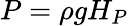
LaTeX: P=\rho gH_{P}